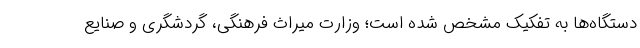
دستگاه‌ها به تفکیک مشخص شده است؛ وزارت میراث فرهنگی، گردشگری و صنایع